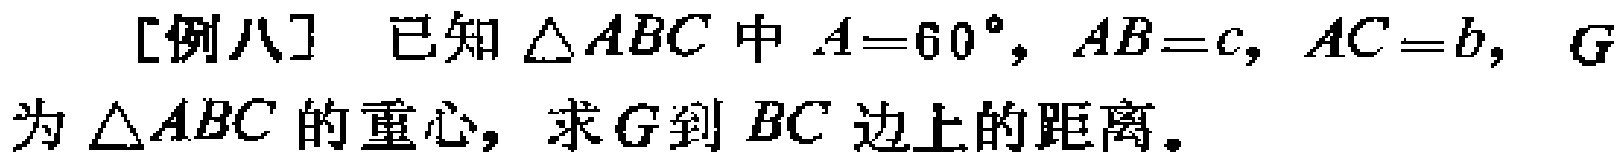
[例八] 已知$\triangle ABC$中$A = 60^{\circ}, AB = c, AC = b, G$为$\triangle ABC$的重心，求$G$到$BC$边上的距离。